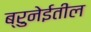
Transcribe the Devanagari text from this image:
ब्रुनेईतील